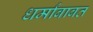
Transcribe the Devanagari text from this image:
धर्मांबाबत